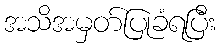
အသိအမှတ်ပြုခံရပြီး